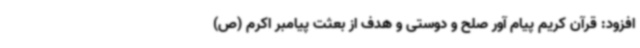
افزود: قرآن کریم پیام آور صلح و دوستی و هدف از بعثت پیامبر اکرم (ص)